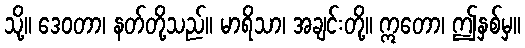
သို့။ ဒေဝတာ၊ နတ်တို့သည်။ မာရိသာ၊ အချင်းတို့။ ဣတော၊ ဤနှစ်မှ။